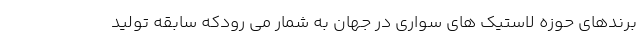
برندهای حوزه لاستیک های سواری در جهان به شمار می رودکه سابقه تولید